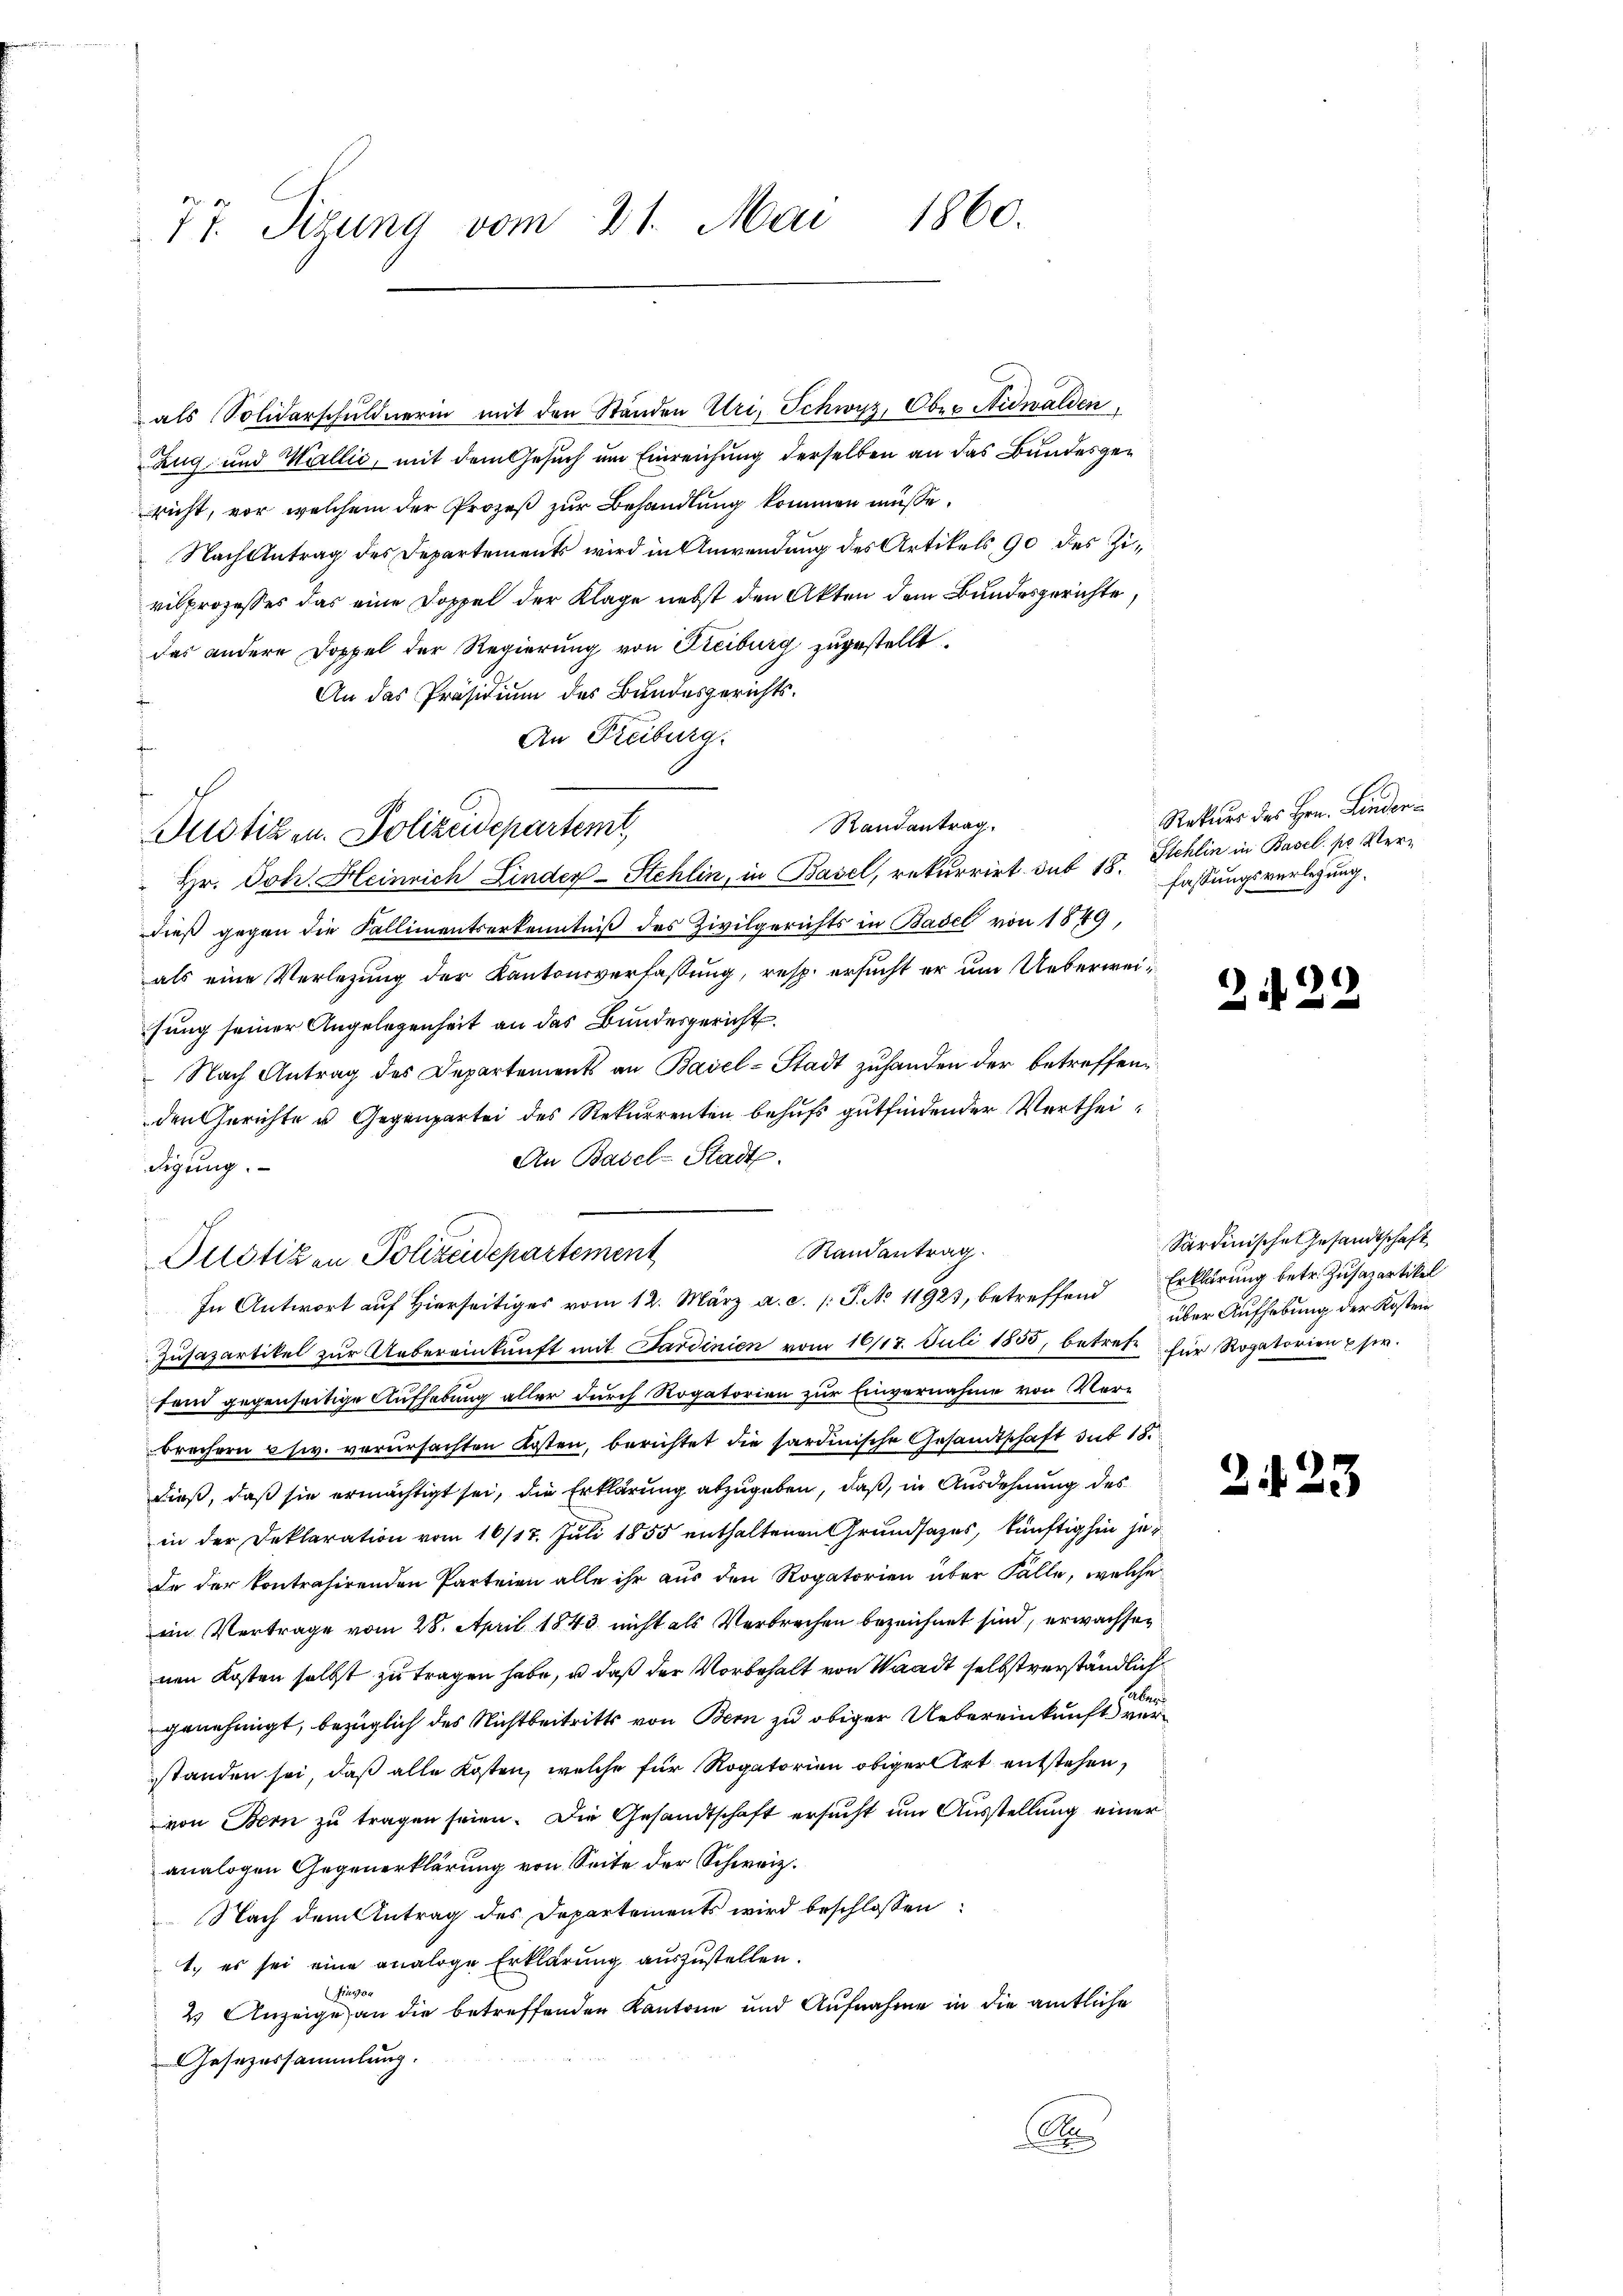
77. Sizung vom 21. Mai 1860.

als Solidarschuldnerin mit den Ständen Uri, Schwyz, Ober Nidwalden,
Zug und Wallić, mit dem Gesuch um Einreichung derselben an das Bundesgericht, vor, welchem der Prozeß zur Behandlung kommen müße.
Nach Antrag des Departements wird in Anwendung des Artikels, 90 des Zivilprozesses das eine Doppel der Klage nebst den Akten dem Bundesgerichte,
das andere Doppel der Regierung von Freiburg zugestellt.
An das Präsidium des Bundesgerichts¬
An Freiburg.
Randantrag.
" Hr. Joh. Heinrich Linder-Stehlin, in Basel, rekurrirt sub 18. Stehlin in Basel. pr. Verdieß gegen die Kallimentserkenntniß des Zivilgerichts in Basel von 1849,
als eine Verletzung der Kantonsverfassung, resp. ersucht er um Ueberweisung seiner Angelegenheit an das Bundesgericht.
Nach Antrag des Departements an Basel-Stadt zuhanden der betreffenden Gerichte u. Gegenpartei des Rekurrenten behufs gutfindender Verthei¬
An Basel-Stadt.
digung.
Randantrag
Pulotizen Polizeidepartement
Zusazartikel zur Uebereinkunft mit Sardinien vom 16/17. Juli 1855, betreffand gegenseitige Aufhebung aller durch Rogatorien zur Einvernahme von Vorbrechern usw. verŭrsachten Kosten, berichtet die sardinische Gesandtschaft das 18.
dieß, daß sie ermächtigt sei, die Erklärung abzugeben, daß, in Ausdehnung des
in der Deklaration vom 16/17. Juli 1855 enthaltenen Grundsatzes, künftighin jeda der kontrahirenden Parteien alle ihr aus den Rogatorien über Fälle, welche
im Vertrage vom 28. April 1843 nicht als Verbrechen bezeichnet sind, erwachsen
nen Kosten selbst zu tragen habe, u. daß der Vorbehalt von Waadt selbstverständlich
genehmigt, bezüglich des Nichtbeitritts von Bern zu obiger Uebereinkunft ver
standen sei, daß alle Kosten, welche für Rogatorien obiger Art entstehen,
von Bern zu tragen seien. Die Gesandtschaft ersucht um Ausstellung einer
analogen Gegenerklärung von Seite der Schweiz.
Nach dem Antrag des Departements wird beschlossen:
1.) es sei eine analoge Erklärung auszustellen.
Prästan
2 Anzeige an die betreffenden Kantone und Aufnahme in die amtliche
Gesezessammlung.
6

Justizen. Polizeidepartemt,

In Antwort auf Hierseitiges vom 12. März a. c. /: P. No. 11923, betreffend Erklärung betr. Zusazartikel

Rekurs des Hrn. Linderfassungsverlegung.

2

2.

)
e

Sardinische Gesandtschaft
über Aufhebung der Kostein
für Rogatorien user.

16.